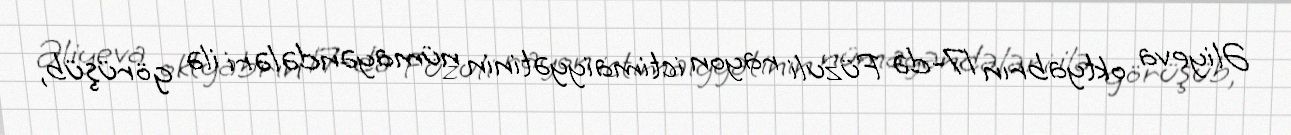
Əliyeva oktyabrın 17-də Füzuli rayon ictimaiyyətinin nümayəndələri ilə görüşüb,